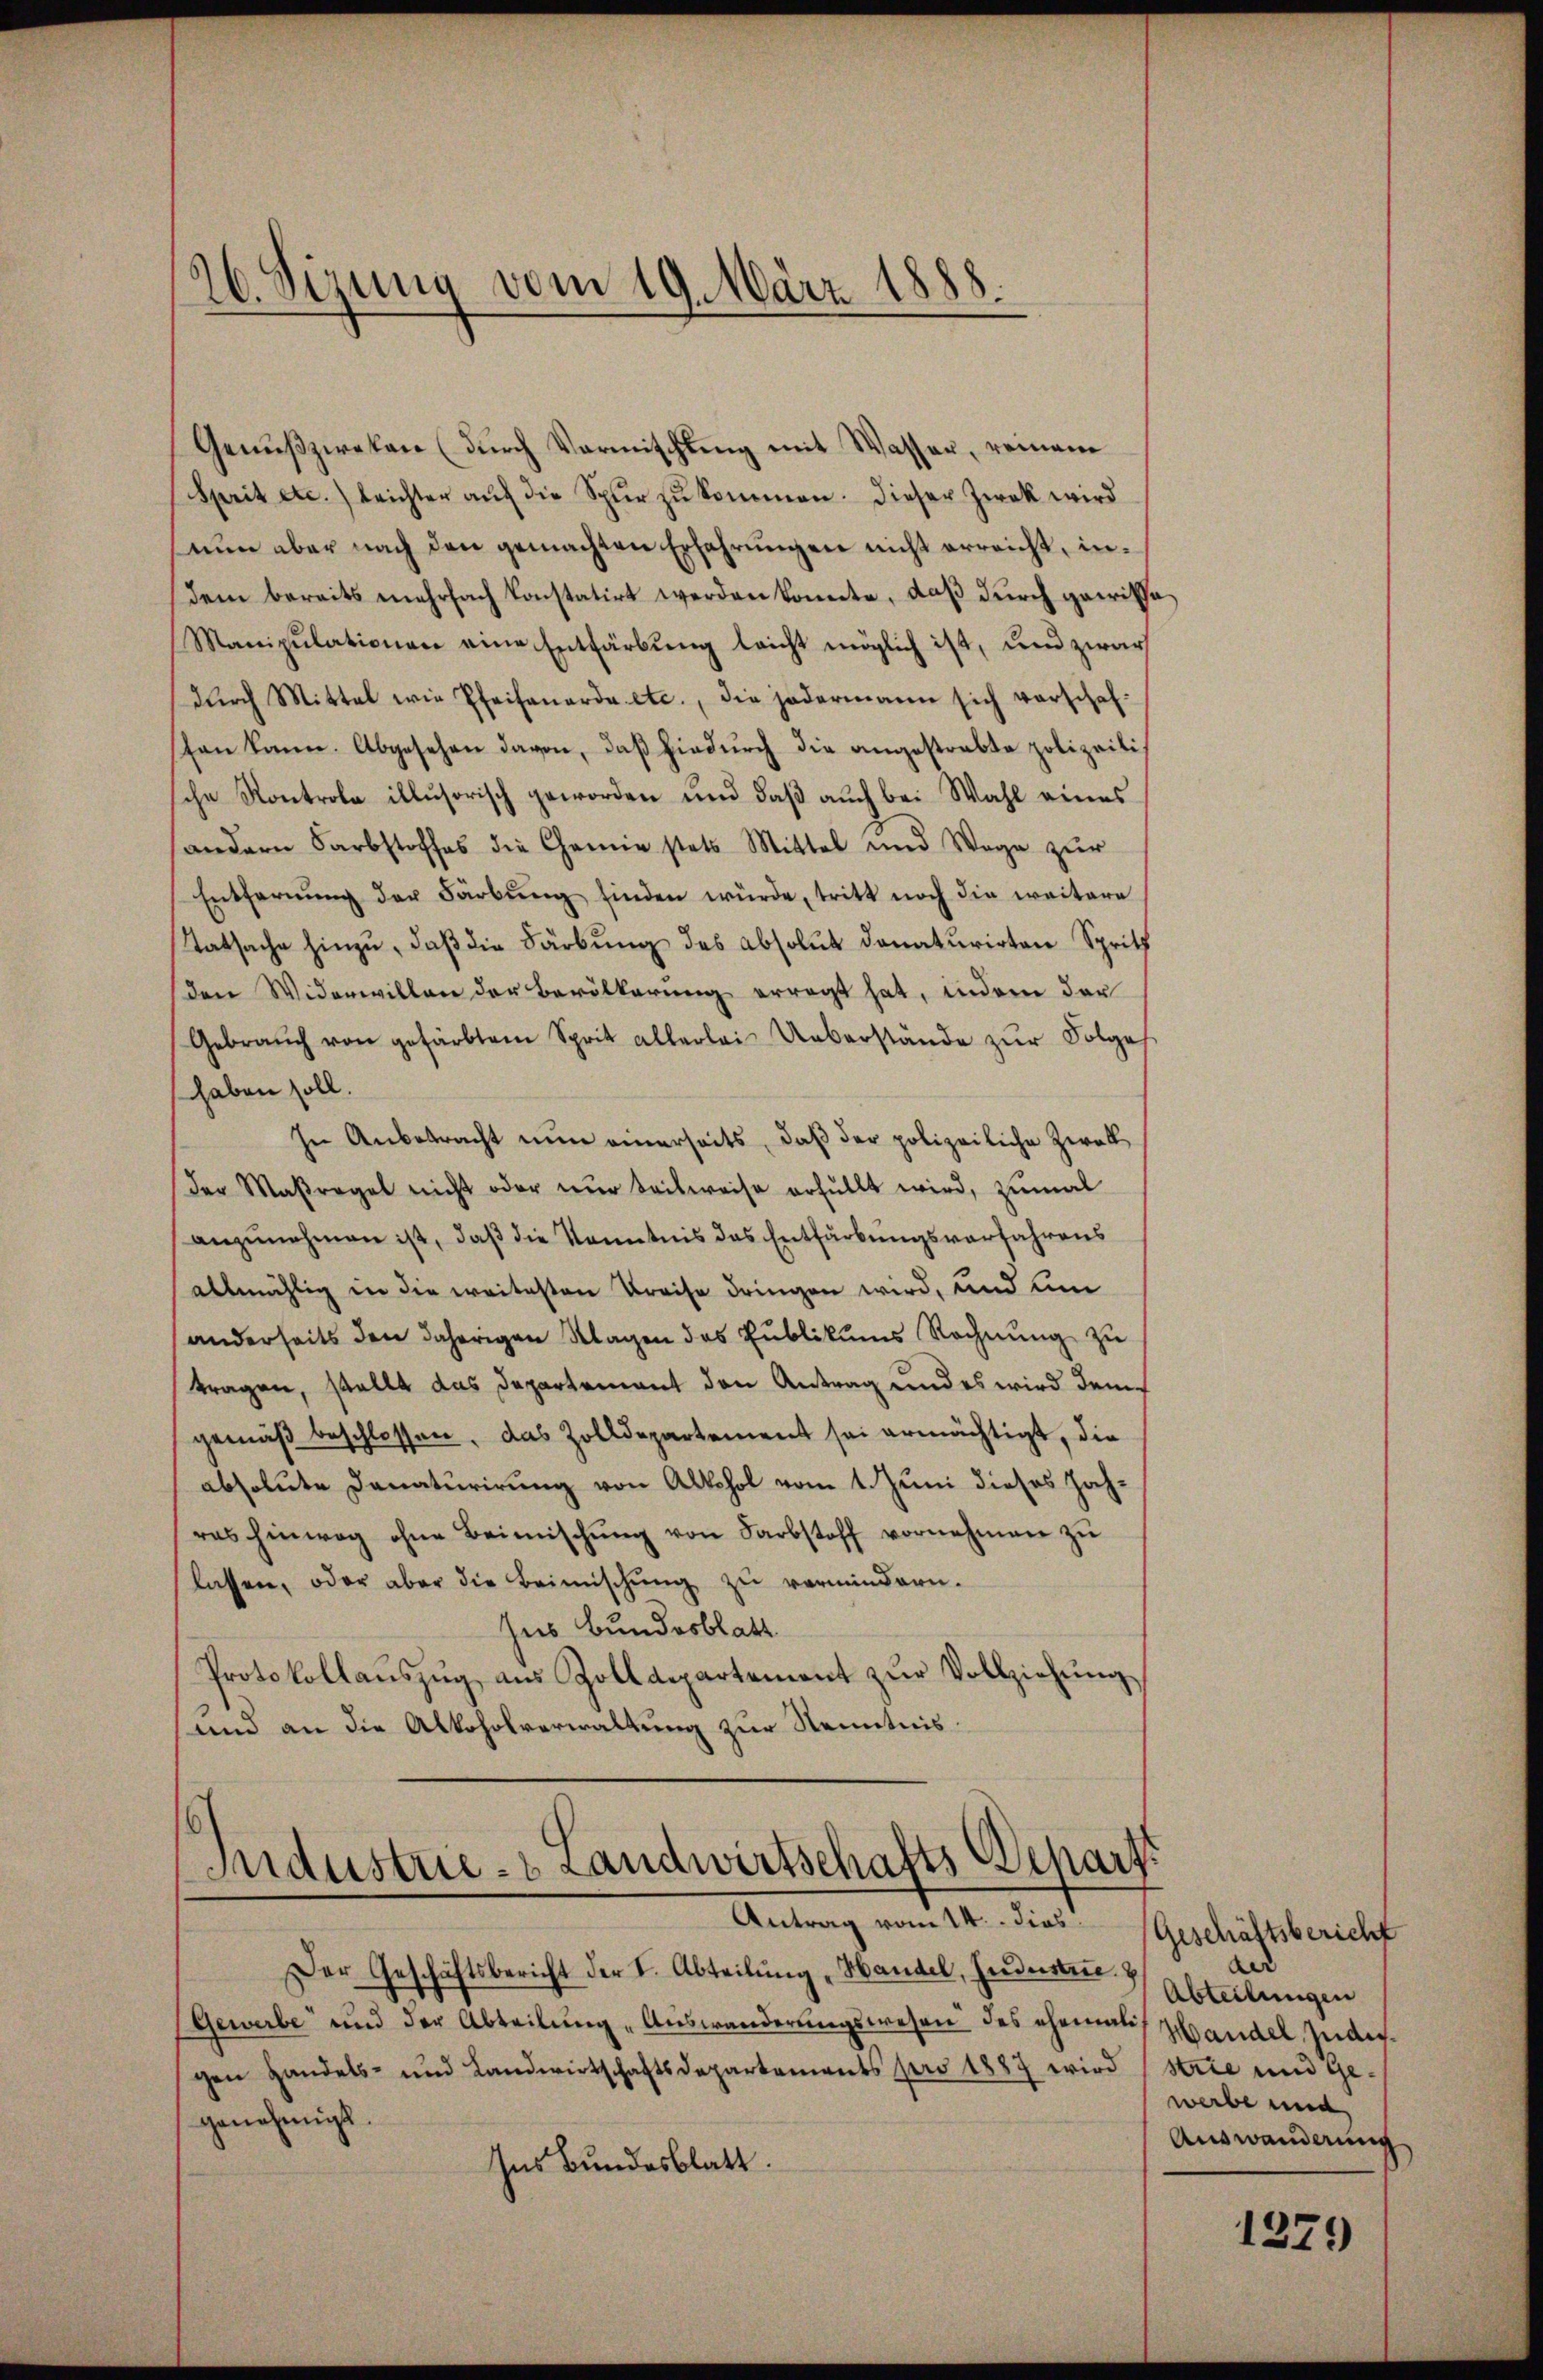
26. Sizung vom 19. März 1888.

Genußzweken (durch Vormischling mit Wasser, reinem
Sprit etc.) leichter aŭf die Spur zu kommen. Dieser Zwek wird
nun aber nach den gemachten Erfahrungen nicht erreicht, indem bereits mehrfach konstatirt werden konnte, daß durch garischa
Manipulationen eine Entfärbung leicht möglich ist, und zwar
dŭrch Mittel wie Pfeifanarda etc., die jedermann sich verschafton kann. Abgesehen davon, daß hindurch die angestrabte polizeitis
che Kontrole illusorisch geworden und daß auch bei Wahl eines
andern Farbstoffes die Chemie stets Mittel und Wege zŭr
Entfernung der Färbung finden würde, tritt noch die weitere
Tatsache hinzu, daß die Färbung des absolut donaturirten Spritz
den Widerwillen der Bevölkerung erregt hat, indem der
Gebraŭch von gefärbtem Sprit allerlei Ueberstände zŭr Folge
haben soll.
In Anbetracht nun einerseits, daß der polizeiliche Zwal
Der Maßregel nicht oder nur teilweise erfüllt wird, zumal
anzunehmen ist, daß die Kenntnis das Entfärbungsverfahrens
allmählig in die weitesten Kreise dringen wird, und um
(anderseits den daherigen Klagen das Publikums Rechnung zu
tragen, stellt das Departement den Antrag und es wird demgemäß beschlossen, das Zolldepartement sei ermächtigt, die
absolute Danaturirung von Alkohol vom 1. Juni dieses Jahras hinweg ohne Beimischŭng von Farbstoff vornehmen zu
lassen, oder aber die Beimischung zu vermindern.
hus Bundesblatt
Protokollauszug aus Zolldepartement zur Vollziehung
und an die Alkoholverwaltung zur Kenntnis¬

Industrie- & Landwirtschafts-Scharf

Antrag vom 14. dies Geschäftsbericht
Der Geschäftsbericht der I. Abteilung „Handel, Endesten.
(Gewerbe und der Abteilung "Auswanderungswesen des ehemalis Handel, Zudergen Handels- und Landwirtschaftsdepartements pro 1887 wird (Strie und Ge-
genehmigt.
Ins Bundesblatt.

and
Abteilungen
werbe und
Auswanderung

1279)